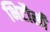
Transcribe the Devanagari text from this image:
भिटौली